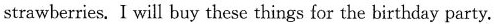
strawberries.I will buy these things for the birthday party.